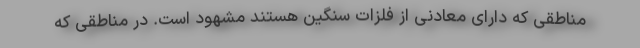
مناطقی که دارای معادنی از فلزات سنگین هستند مشهود است. در مناطقی که